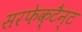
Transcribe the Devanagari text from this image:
सरफेक्टैन्ट